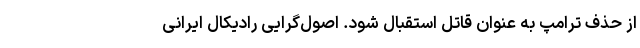
از حذف ترامپ به عنوان قاتل استقبال شود. اصول‌گرایی رادیکال ایرانی